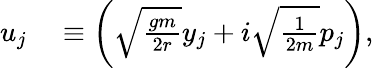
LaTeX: \begin{array}{rl}{u_{j}}&{{}\equiv\left(\sqrt{\frac{gm}{2r}}y_{j}+i\sqrt{\frac{1}{2m}}p_{j}\right),}\end{array}